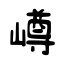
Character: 嶟